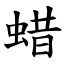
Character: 蜡